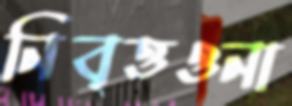
নিবৃত্তওনা